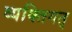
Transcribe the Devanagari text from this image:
व्यक्तिगत्